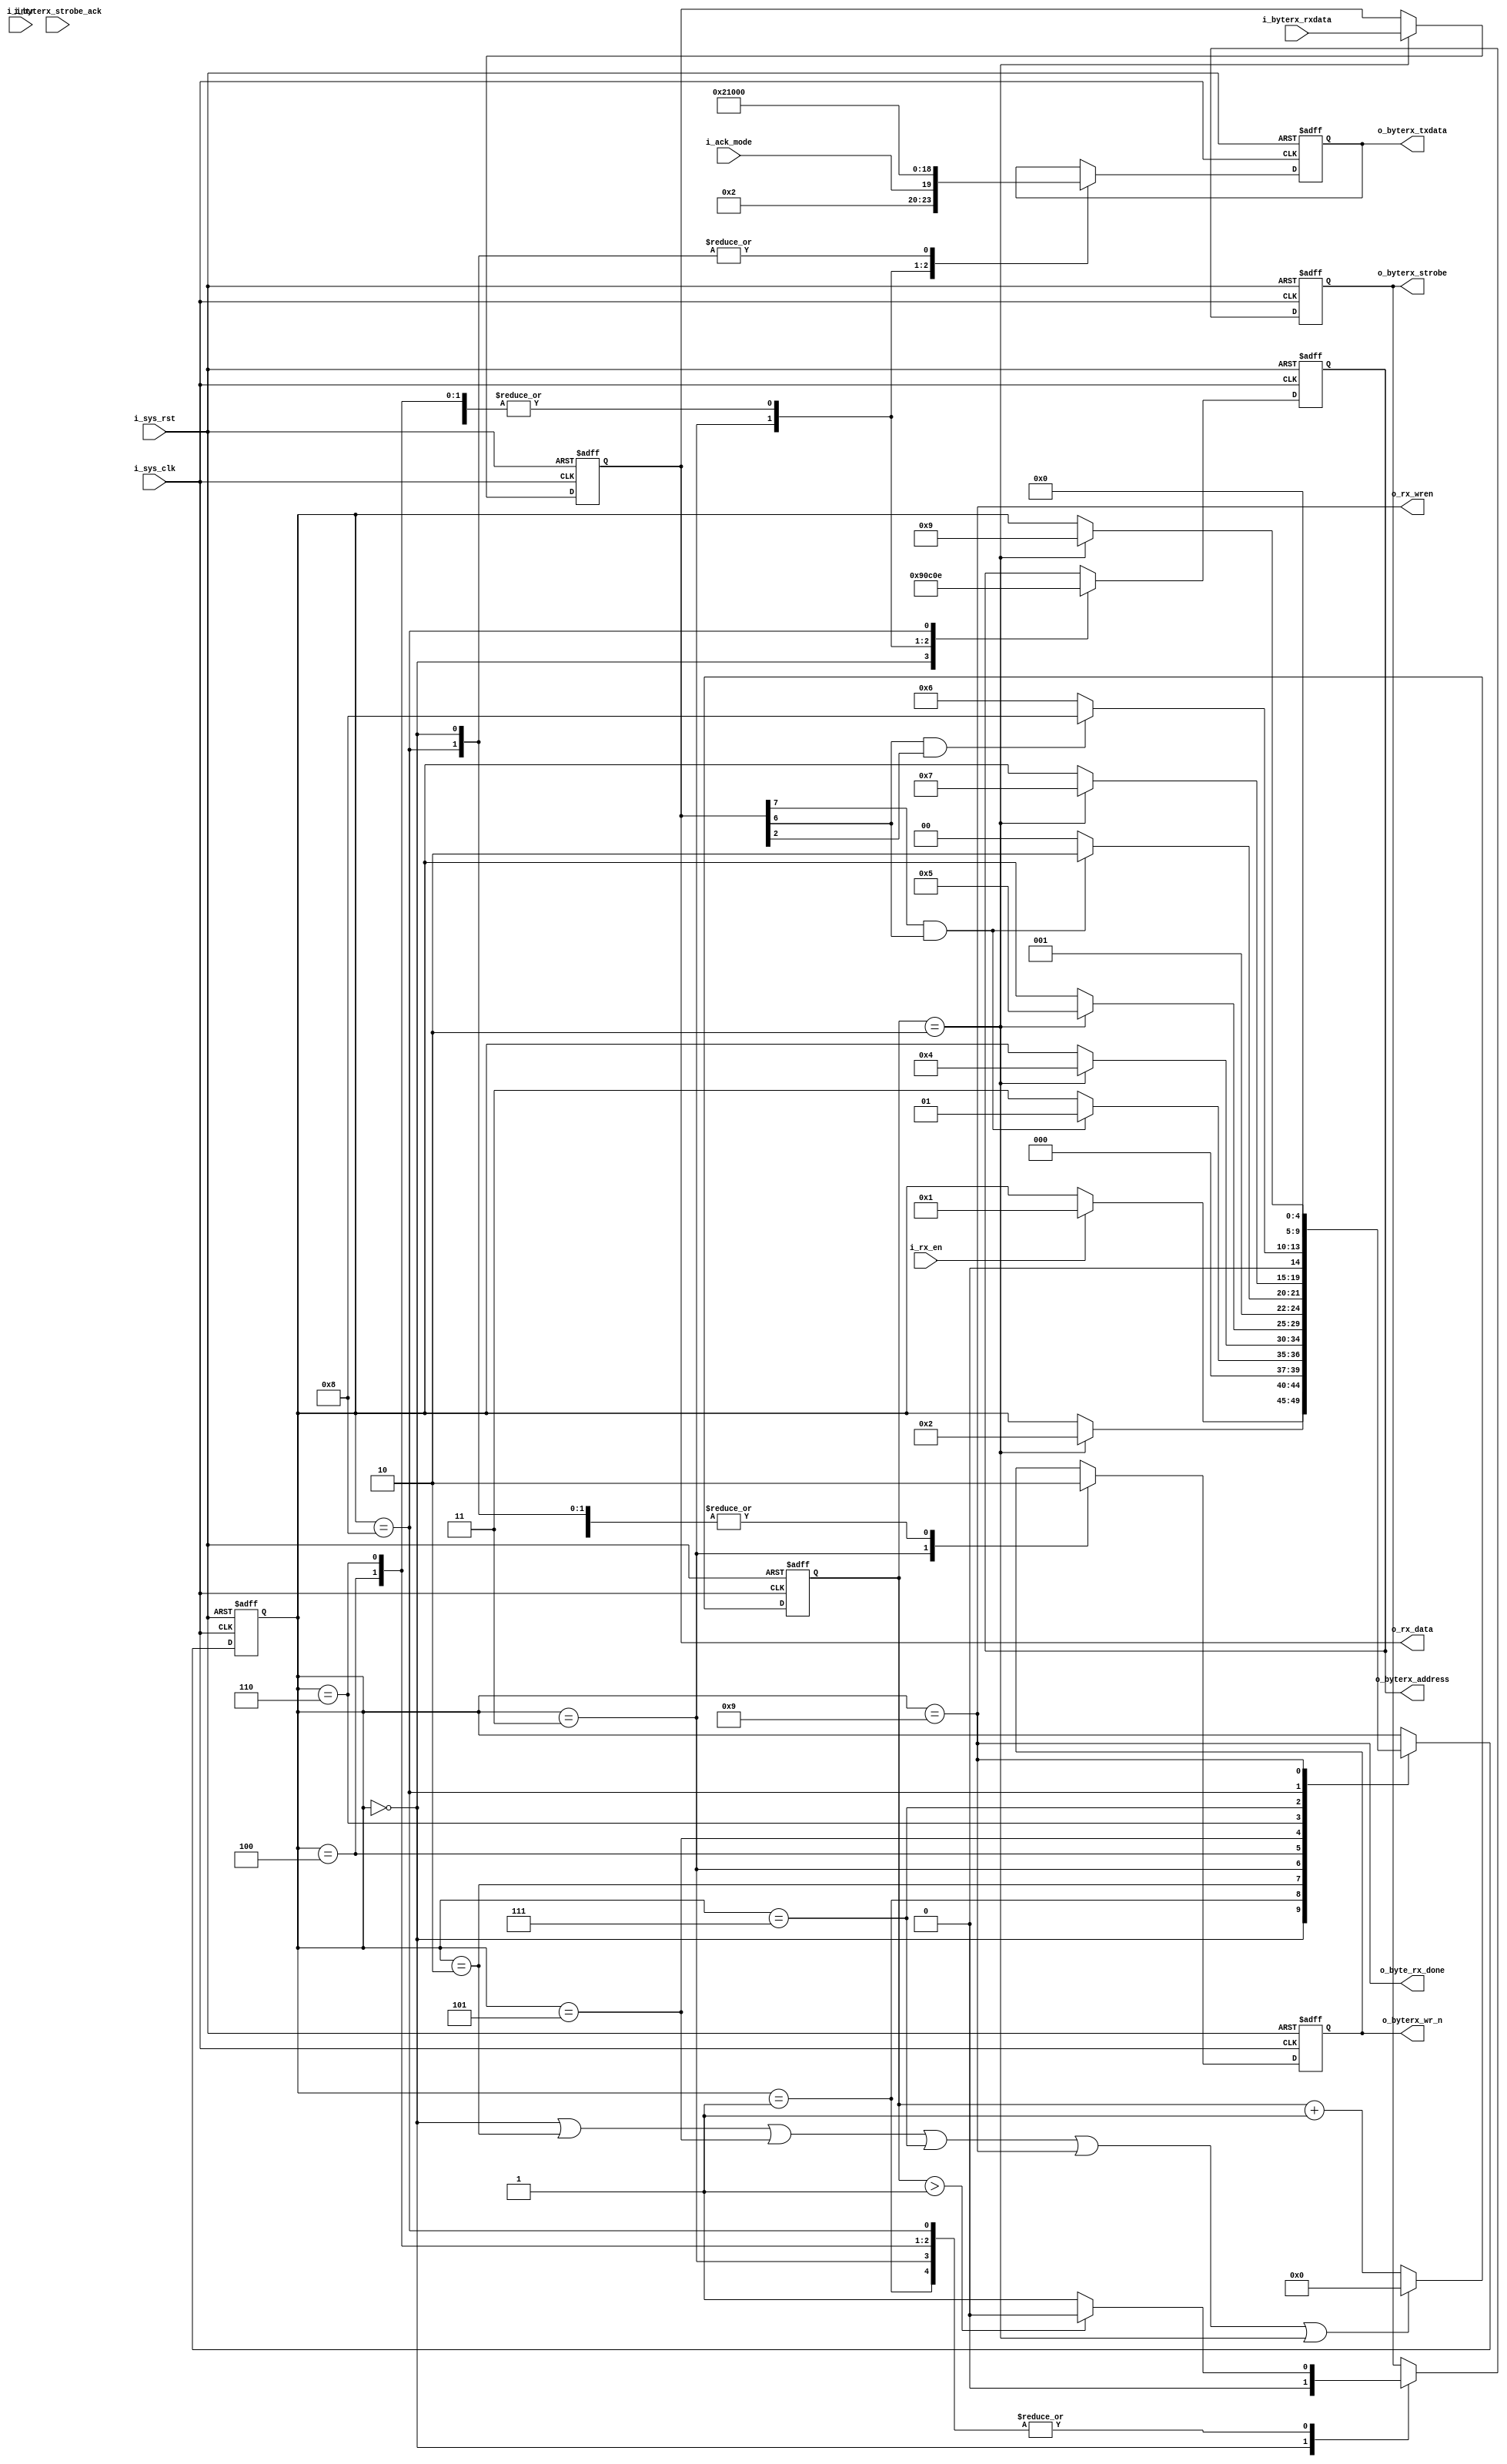
//-------------------------------------------------------------------------
//  >>>>>>>>>>>>>>>>>>>>>>>>> COPYRIGHT NOTICE <<<<<<<<<<<<<<<<<<<<<<<<<
//-------------------------------------------------------------------------
//  Copyright (c) 2012 by Lattice Semiconductor Corporation      
// 
//-------------------------------------------------------------------------
// Permission:
//
//   Lattice Semiconductor grants permission to use this code for use
//   in synthesis for any Lattice programmable logic product.  Other
//   use of this code, including the selling or duplication of any
//   portion is strictly prohibited.
//
// Disclaimer:
//
//   This VHDL or Verilog source code is intended as a design reference
//   which illustrates how these types of functions can be implemented.
//   It is the user's responsibility to verify their design for
//   consistency and functionality through the use of formal
//   verification methods.  Lattice Semiconductor provides no warranty
//   regarding the use or functionality of this code.
//-------------------------------------------------------------------------
//
//    Lattice Semiconductor Corporation
//    5555 NE Moore Court
//    Hillsboro, OR 97124
//    U.S.A
//
//    TEL: 1-800-Lattice (USA and Canada)
//    503-268-8001 (other locations)
//
//    web: http://www.latticesemi.com/
// 
//-------------------------------------------------------------------------
// 
//  Project  : LP3.5K_Pedometer_with_BLE_Interface
// 
//  Description: I2C byte reception state machine
//
//  Code Revision History :
//-------------------------------------------------------------------------
// Ver: | Author        | Mod. Date    |Changes Made:
// V1.0 | MDN           | 03-Nov-12    |Initial version                             
//-------------------------------------------------------------------------
  

`timescale 1 ns / 1 ps

module i2c_master_byte_rx_fsm(
			      // Global inputs
			      i_sys_clk, i_sys_rst,                              
			      /*AUTOARG*/
			      // Outputs
			      o_rx_wren, o_rx_data, o_byte_rx_done, o_byterx_address, o_byterx_txdata,
			      o_byterx_strobe, o_byterx_wr_n,
			      // Inputs
			      i_ack_mode, i_rx_en, i_intr, i_byterx_strobe_ack, i_byterx_rxdata
			      );
   
   // Parameters
   // FSM states
   parameter IDLE     = 0;
   parameter STATE_1  = 1 ;
   parameter STATE_2  = 2 ;
   parameter STATE_3  = 3 ;
   parameter STATE_4  = 4 ;
   parameter STATE_5  = 5 ;
   parameter STATE_6  = 6 ;
   parameter STATE_7  = 7 ;
   parameter STATE_8  = 8 ;
   parameter STATE_9  = 9 ;
   parameter STATE_10  = 10 ;

   // Global inputs
   input          i_sys_clk;
   input          i_sys_rst;
   
   // Outputs
   output         o_rx_wren;
   output [7:0]   o_rx_data;
   output         o_byte_rx_done;
   output [7:0]   o_byterx_address;
   output [7:0]   o_byterx_txdata;
   output         o_byterx_strobe;
   output         o_byterx_wr_n;

   // Inputs
   input          i_ack_mode;
   input          i_rx_en;
   input          i_intr;
   input          i_byterx_strobe_ack;
   input [7:0] 	  i_byterx_rxdata;

   // Internal signals
   reg [4:0] 	  state_i;
   wire           terminate_strobe_i;
   wire           switch_state_i;
   reg [3:0] 	  cycle_count_i;
   reg [7:0] 	  address_i;
   reg [7:0] 	  tx_data_i;
   reg            strobe_i;
   reg            wr_n_i;
   reg [7:0] 	  rxdata_i;


   assign o_byterx_address = address_i;
   assign o_byterx_txdata  = tx_data_i;
   assign o_byterx_strobe  = strobe_i;
   assign o_byterx_wr_n    = wr_n_i;

   assign o_rx_wren = (state_i == STATE_9);
   assign o_rx_data = rxdata_i;
   assign o_byte_rx_done = (state_i == STATE_9);
   
   // State machine to drive system interface bus
   always @(posedge i_sys_clk or posedge i_sys_rst)begin
      if(i_sys_rst)begin
         state_i <= IDLE;
         tx_data_i <= 0;
         address_i <= 0;
         strobe_i <= 0;
         wr_n_i <= 0;
      end else begin
         case(state_i)
           // Waiting for external trigger to start with configuration sequence                
           IDLE:begin
              if(i_rx_en)begin 
                 state_i <= STATE_1;
              end
              tx_data_i <= 0;
              address_i <= 0;
              strobe_i <= 0;
              wr_n_i <= 0;
           end

           //Read status register to check if on going transaction is complete
           STATE_1:begin 
              if(switch_state_i)begin
                 state_i <= STATE_2;
              end
              tx_data_i <= 8'b0001_0000; // Don't care
              address_i <= 8'b0000_1100;
              wr_n_i <= 1'b0; //read
              
              if(terminate_strobe_i)begin
                 strobe_i <= 1'b0;
              end else begin
                 strobe_i <= 1'b1;
              end
           end

           //Check if on going r/w is complete
           STATE_2:begin
              if(!(rxdata_i[7] && rxdata_i[6]))begin
                 state_i <= STATE_3;
              end else begin
                 state_i <= STATE_1;
              end
           end

           //Write command register with read command
           STATE_3:begin 
              if(switch_state_i)begin
                 state_i <= STATE_4;
              end
              tx_data_i <= {4'b0010, i_ack_mode, 3'b010}; // Read command with buffer disabled
              address_i <= 8'b0000_1001;
              wr_n_i    <= 1'b1;
              
              if(terminate_strobe_i)begin
                 strobe_i <= 1'b0;
              end else begin
                 strobe_i <= 1'b1;
              end
           end

           //Read status register to check if the transaction started
           // ** This was necessary as there is a latency before the
           // command is actually executed
           STATE_4:begin 
              if(switch_state_i)begin
                 state_i <= STATE_5;
              end
              tx_data_i <= 8'b0001_0000; // Don't care
              address_i <= 8'b0000_1100;
              wr_n_i <= 1'b0; //read
              
              if(terminate_strobe_i)begin
                 strobe_i <= 1'b0;
              end else begin
                 strobe_i <= 1'b1;
              end
           end

           //Check if transaction started
           STATE_5:begin
              if((rxdata_i[7] && rxdata_i[6]))begin
                 state_i <= STATE_6;
              end else begin
                 state_i <= STATE_4;
              end
           end

           //Read status register to check if on going transaction is complete
           STATE_6:begin 
              if(switch_state_i)begin
                 state_i <= STATE_7;
              end
              tx_data_i <= 8'b0001_0000; // Don't care
              address_i <= 8'b0000_1100;
              wr_n_i <= 1'b0; //read
              
              if(terminate_strobe_i)begin
                 strobe_i <= 1'b0;
              end else begin
                 strobe_i <= 1'b1;
              end
           end

           //Check if on going r/w is complete (TRRDY)
           STATE_7:begin
              if((rxdata_i[6] && rxdata_i[2]))begin
                 state_i <= STATE_8;
              end else begin
                 state_i <= STATE_6;
              end
           end
           
           //Read data from the RXDR
           STATE_8:begin 
              if(switch_state_i)begin
                 state_i <= STATE_9;
              end
              tx_data_i <= 0; //Don't care
              address_i <= 8'b0000_1110;
              wr_n_i <= 1'b0; //read
              
              if(terminate_strobe_i)begin
                 strobe_i <= 1'b0;
              end else begin
                 strobe_i <= 1'b1;
              end
           end

           //return to IDLE
           STATE_9:begin 
              state_i <= IDLE;
           end
         endcase
      end
   end

   assign switch_state_i = (cycle_count_i == 2);
   assign terminate_strobe_i = (cycle_count_i > 1);
   
   always @(posedge i_sys_clk or posedge i_sys_rst)begin
      if(i_sys_rst)begin
         rxdata_i <= 0;
      end else begin
         if(cycle_count_i == 2) begin
            rxdata_i <= i_byterx_rxdata;
         end
      end
   end

   always @(posedge i_sys_clk or posedge i_sys_rst)begin
      if(i_sys_rst)begin
         cycle_count_i <= 0;
      end else begin
         if((state_i == IDLE) || (state_i == STATE_2)|| 
            (state_i == STATE_5) || (state_i == STATE_7) ||
            (state_i == STATE_9) || switch_state_i) begin
            cycle_count_i <= 0;
         end else begin
            cycle_count_i <= cycle_count_i + 1;
         end
      end
   end

endmodule